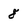
Character: 8